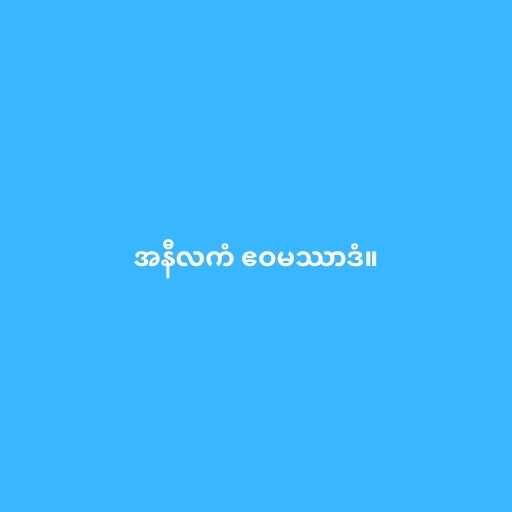
အနီလကံ ဧဝမဿာဒံ။